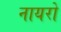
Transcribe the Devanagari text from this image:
नायरो